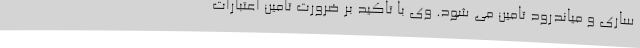
ساری و میاندرود تامین می شود. وی با تاکید بر ضرورت تامین اعتبارات